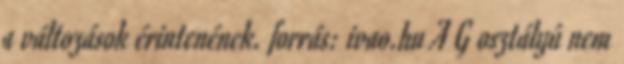
a változások érintenének. forrás: ivao.hu A G osztályú nem